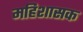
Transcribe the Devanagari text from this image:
महिशासक